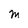
Character: M